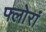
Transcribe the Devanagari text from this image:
फ्लोरां